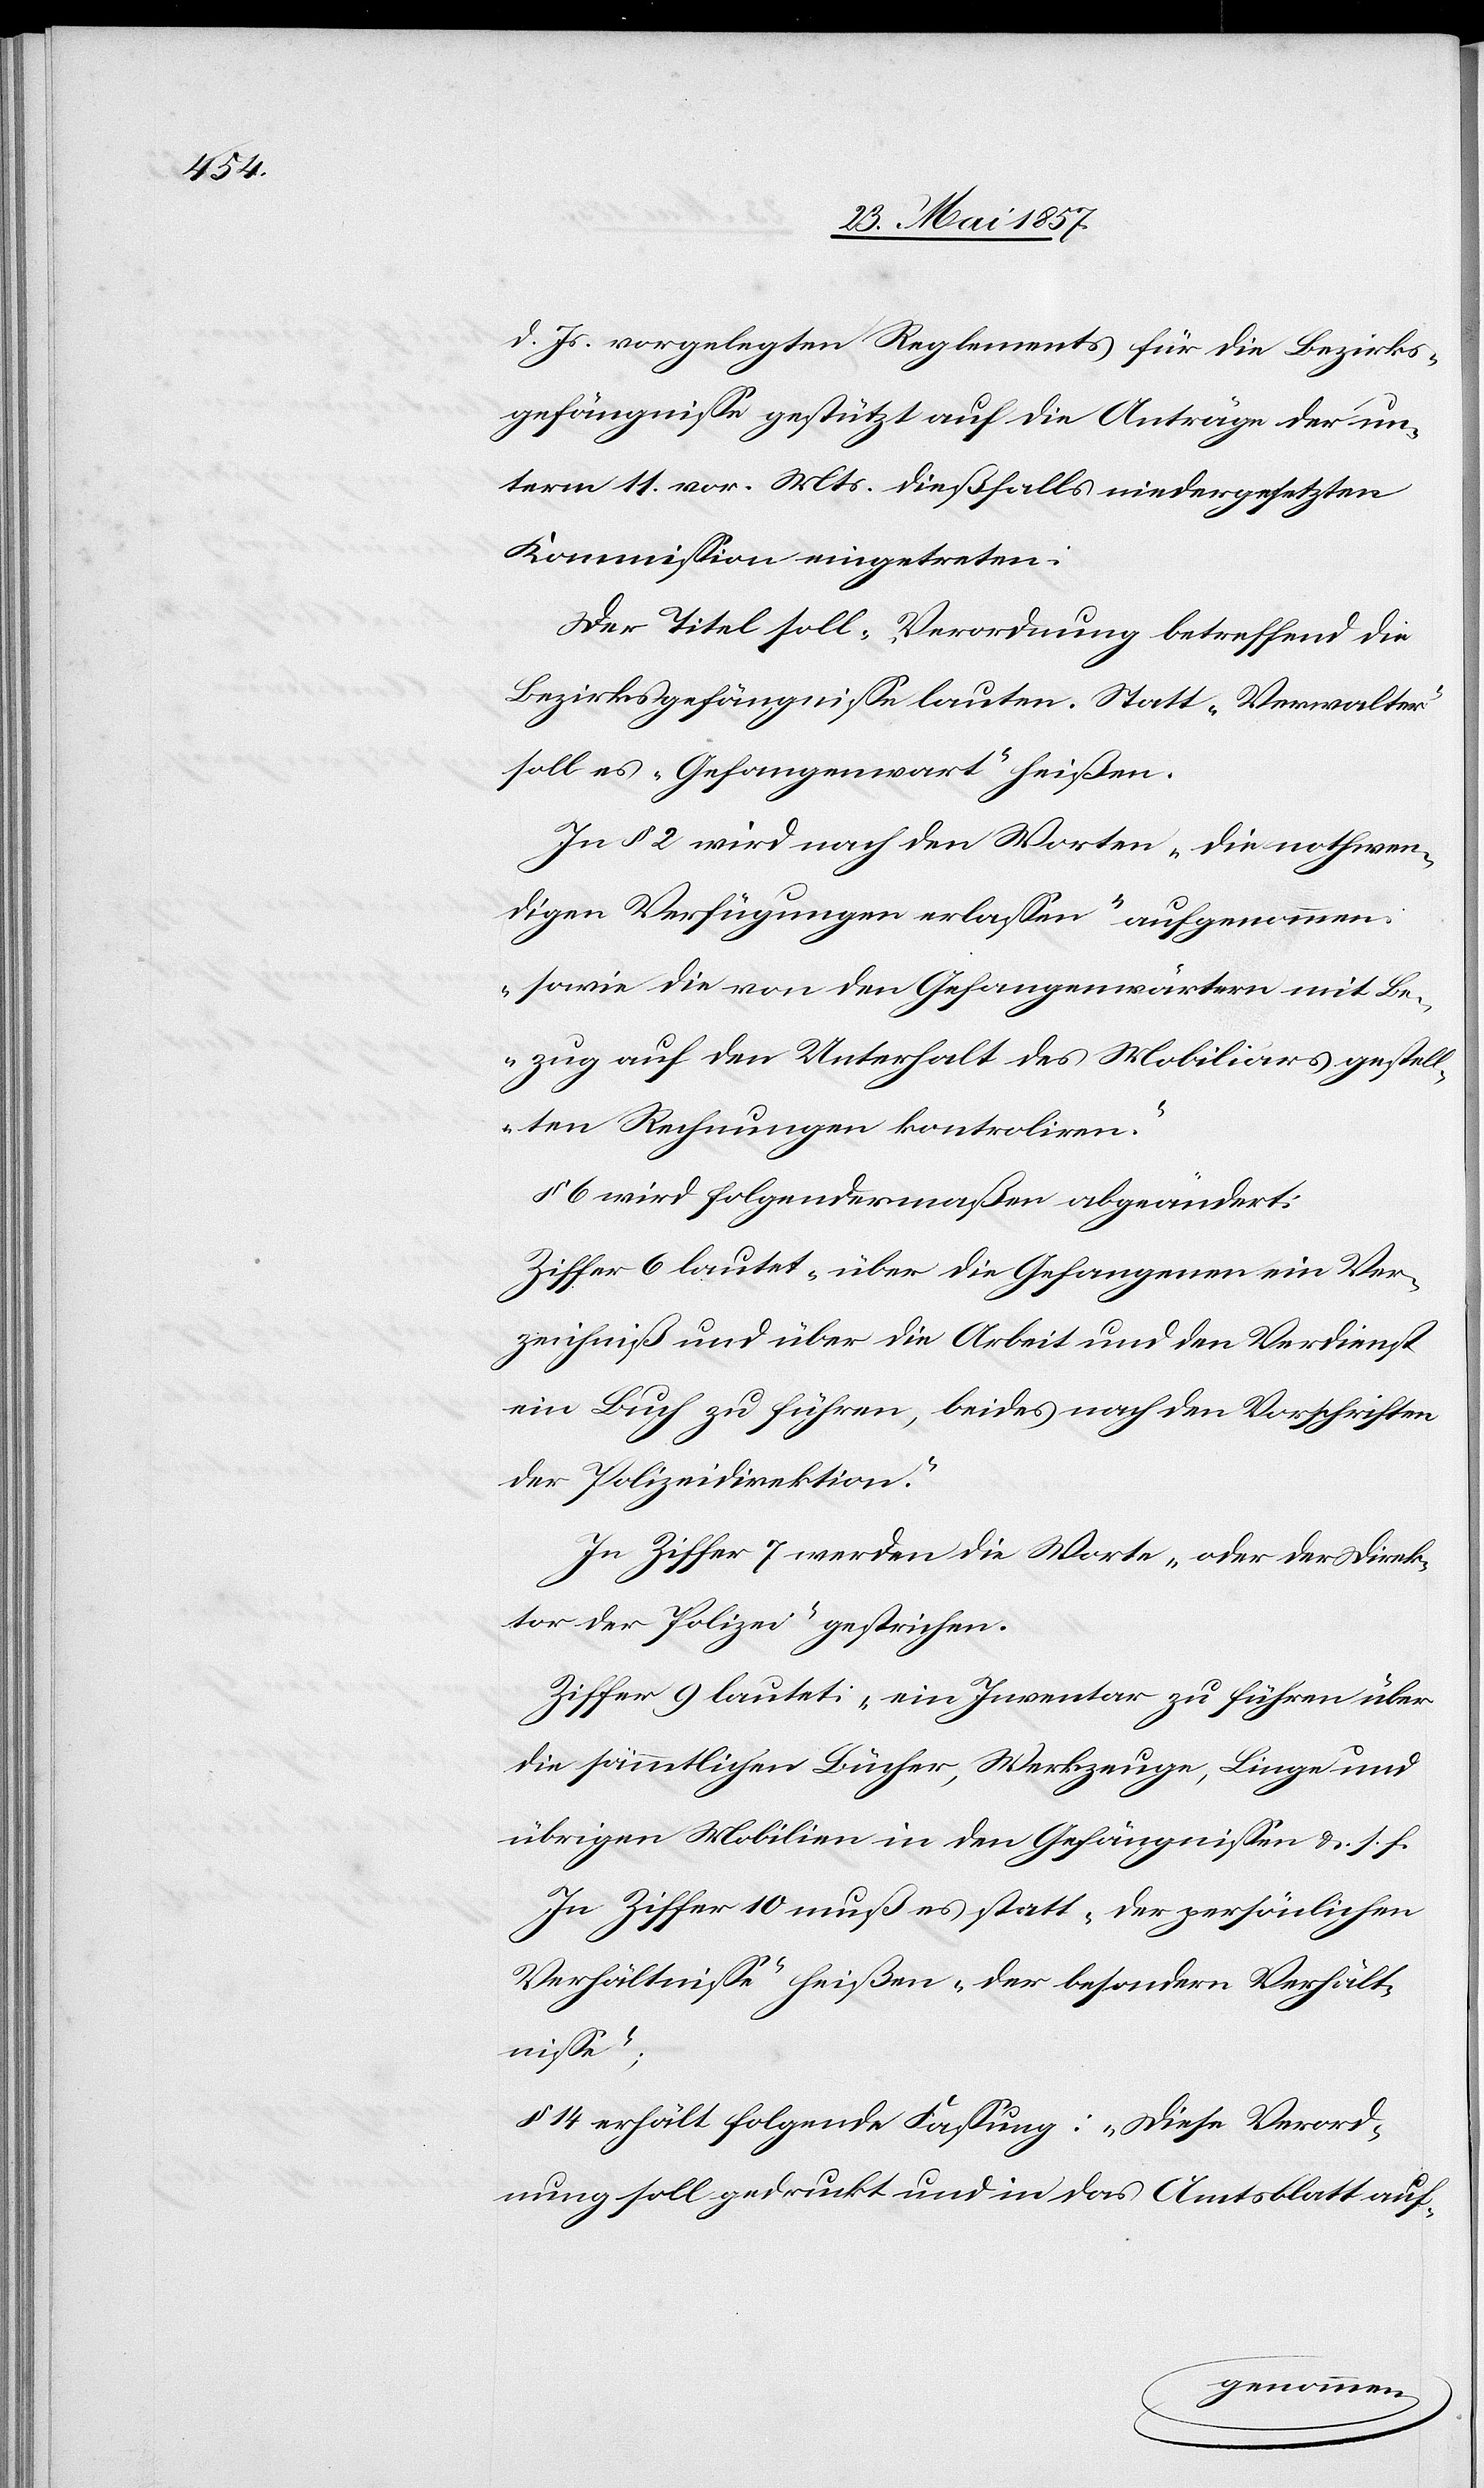
d. Js. vorgelegten Reglements für die Bezirks¬
gefängnisse gestützt auf die Anträge der un¬
term 11 vor. Mts. dießfalls niedergesetzten
Kommission eingetreten:
Der Titel soll „Verordnung betreffend die
Bezirksgefängnisse“ lauten. Statt „Verwalter“
soll es „Gefangenwart“ [sic!] heißen.
In § 2 wird nach den Worten „die nothwen¬
digen Verfügungen erlassen“ aufgenommen;
„sowie die von den Gefangenenwärtern mit Be¬
zug auf den Unterhalt des Mobiliars gestell¬
ten Rechnungen kontroliren.“
§ 6 wird folgendermaßen abgeändert:
Ziffer 6 lautet „über die Gefangenen ein Ver¬
zeichniß und über die Arbeit und den Verdienst
ein Buch zu führen, beides nach den Vorschriften
der Polizeidirektion.“
In Ziffer 7 werden die Worte „oder der Direk¬
tor der Polizei“ gestrichen.
Ziffer 9 lautet: „ein Inventar zu führen über
die sämmtlichen Bücher, Werkzeuge, Linge und
übrigen Mobilien in den Gefängnissen &. s. f.“
In Ziffer 10 muß es statt „der persönlichen
Verhältnisse“ heißen „der besondern Verhält¬
nisse“;
§ 14 erhält folgende Fassung: „Diese Verord¬
nung soll gedruckt und in das Amtsblatt auf-